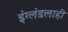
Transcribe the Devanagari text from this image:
इंग्लंडलाही